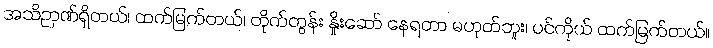
အသိဉာဏ်ရှိတယ်၊ ထက်မြက်တယ်၊ တိုက်တွန်း နှိုးဆော် နေရတာ မဟုတ်ဘူး၊ ပင်ကိုယ် ထက်မြက်တယ်။